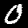
Label: 0